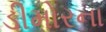
ડીમોરના